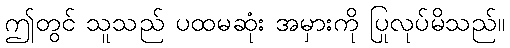
ဤတွင် သူသည် ပထမဆုံး အမှားကို ပြုလုပ်မိသည်။